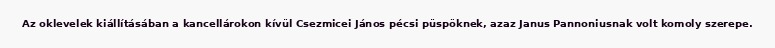
Az oklevelek kiállításában a kancellárokon kívül Csezmicei János pécsi püspöknek, azaz Janus Pannoniusnak volt komoly szerepe.